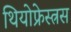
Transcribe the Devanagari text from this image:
थियोफ्रेस्त्रस